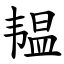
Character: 韫